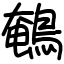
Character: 鵪